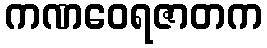
ကဏဝေရဇာတက